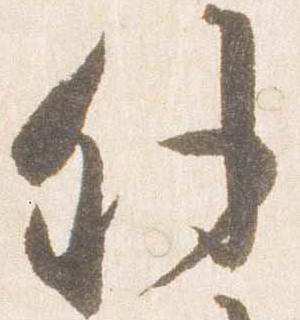
外